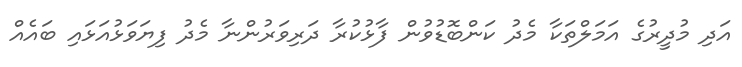
އަދި މުދީރުގެ އަމަލްތަކާ މެދު ކަންބޮޑުވުން ފާޅުކުރާ ދަރިވަރުންނާ މެދު ފިޔަވަޅުއަޅައި ބައެއް